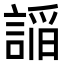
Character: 𮘦